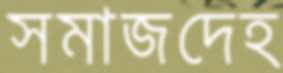
সমাজদেহ